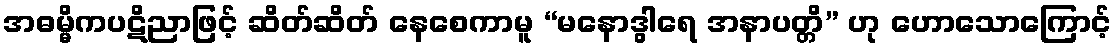
အဓမ္မိကပဋိညာဖြင့် ဆိတ်ဆိတ် နေစေကာမူ “မနောဒွါရေ အနာပတ္တိ” ဟု ဟောသောကြောင့်